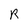
Character: R